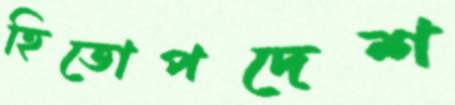
হিতোপদেশ